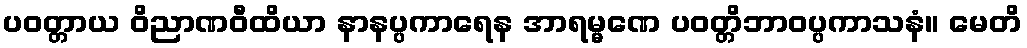
ပဝတ္တာယ ဝိညာဏဝီထိယာ နာနပ္ပကာရေန အာရမ္မဏေ ပဝတ္တိဘာဝပ္ပကာသနံ။ မေတိ